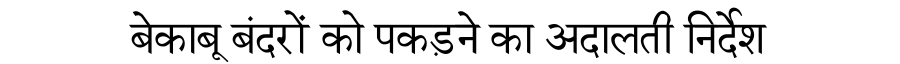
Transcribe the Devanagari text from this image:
बेकाबू बंदरों को पकड़ने का अदालती निर्देश